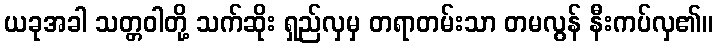
ယခုအခါ သတ္တဝါတို့ သက်ဆိုး ရှည်လှမှ တရာတမ်းသာ တမလွန် နီးကပ်လှ၏။